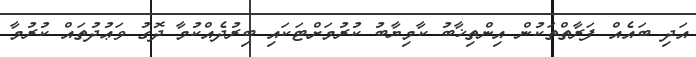
އަދި ބައެއް ފަރާތްތަކުން އިންތިޚާބު ކާމިޔާބު ކުރުމަށްޓަކައި ބިރުދެއްކުމާ ދޮގު ވަޢުދުތައް ކުރުމާ